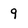
Character: 9